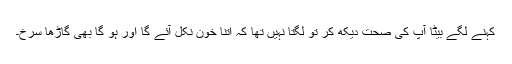
کہنے لگے بیٹا آپ کی صحت دیکھ کر تو لگتا نہیں تھا کہ اتنا خون نکل آئے گا اور ہو گا بھی گاڑھا سرخ۔